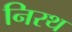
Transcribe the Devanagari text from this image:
निरथ